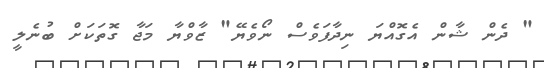
" ދެން ޝާން އެގޮއްޔަ ނިދާފަވެސް ނޯވެޔޭ" ޒާވްޔާ މަޖާ ގޮތަކަށް ބުނެލީ